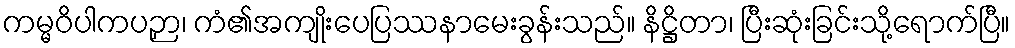
ကမ္မဝိပါကပဉှာ၊ ကံ၏အကျိုးပေပြဿနာမေးခွန်းသည်။ နိဋ္ဌိတာ၊ ပြီးဆုံးခြင်းသို့ရောက်ပြီ။